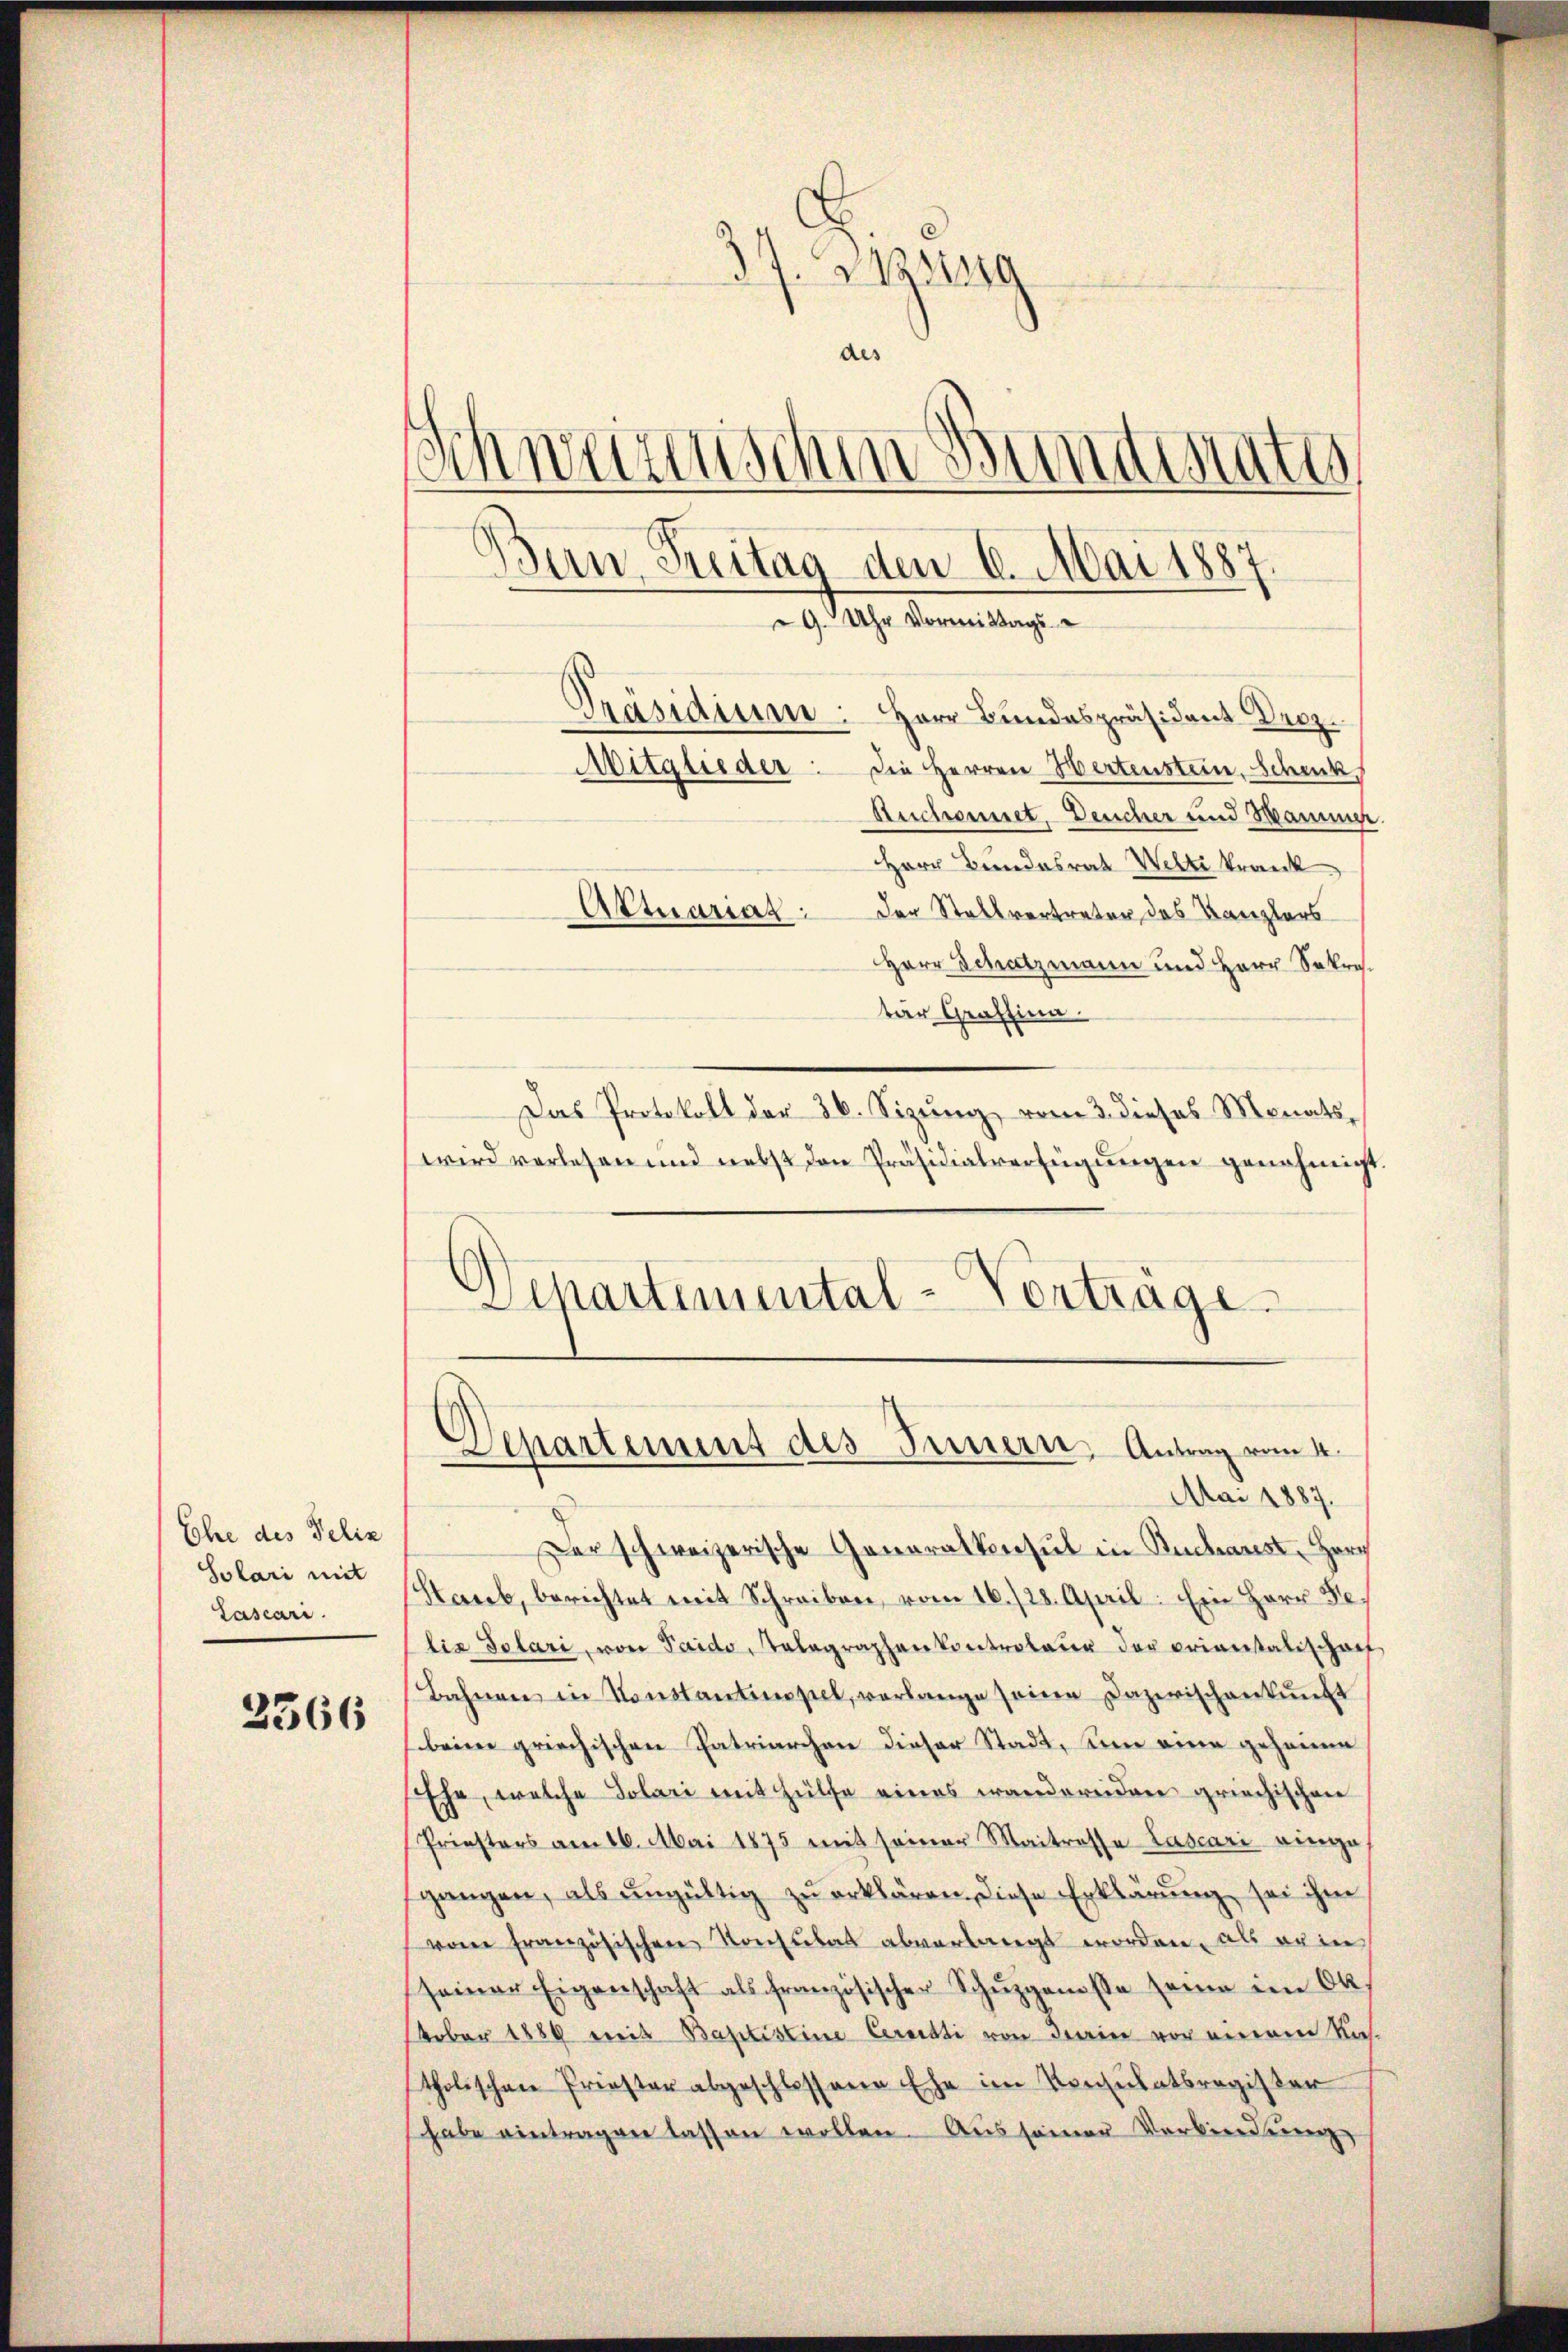
Ehe des Peliz
Solari mit
Lascari.

2366

3 Zeug
des
Schwarzenschen Bundiate
Ban Freitag den 6. Mai 1887.
9. Uhr Vormittags-
Präsidium: Herr Bundespräsident Droz.
Mitglieder: Die Herren Wertenstein, Schenk
Reichnet. Deucher und Hammer.
Herr Bundesrat Welti krank
Aktuariat der Stallvertreter des Kanzlers
Herr Schatzmann und Herr Sekretar Graffina

Das Protokoll der 36. Sizung vom 3. dieses Monats,
wird vorlesen und nebst den Präsidialverfügŭngen genehmigt.
Departemental-Verträge

Departement des Innern, Antrag vom 4.
Mai 1887.

Der schweizerische Generalkonsul in Buchaust Horg
Staub, berichtet mit Schreiben, vom 16./23. April: Ein Herr Felia Solari, von Paido, Telegraphenkontrolaŭr der priverstatischaf
Bahnen in Konstantinopel, verlange seine Dazwischenkunft
beine griechischen Entriarchen dieser Stadt, um eine geheime
sehe, welche Solari mit Hülfe eines wandereiden griechischen
Priesters am 16. Mai 1875 mit seiner Maitresse Lascari einge
gangen, als ungültig zu erklären, diese Erklärung sei ihm
von französischen Konsulat abverlangt worden, als ein
seiner Eigenschaft als französischer Schŭpgenosse seine im Ok
tober 1889 mit Baptistine Cernati von derein vor einem Kastholischen Priester abgeschlossene Ehe im Konsulatsregister
habe eintragen lassen wollen. Aus seiner Verbindung